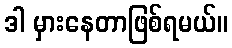
ဒါ မှားနေတာဖြစ်ရမယ်။